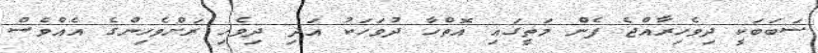
ސަބަބަކީ ދިވެހިރާއްޖެ ފެން މަތީގައި އޮތްހާ ދުވަހަކު އަދި ދިވެހި ރަށްވެހިންގެ އެއްވެސް